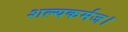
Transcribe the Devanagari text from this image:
शल्यकर्मज।